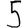
Digit: 5